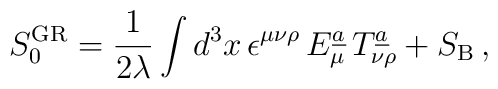
S^{\rm GR}_{0} = {1\over 2 \lambda} \int d^{3}x\, \epsilon^{\mu\nu\rho}\, E^{\underline{a}}_{\mu}\, T^{\underline{{a}}}_{\nu\rho} + S_{\rm B} \, ,